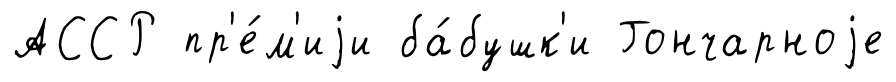
АССР пр'е́м'иjи ба́бушк'и Гончарноjе